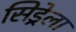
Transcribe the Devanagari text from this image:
सिड्रेला